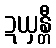
ဍယှန္တီ